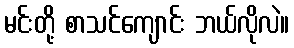
မင်းတို့ စာသင်ကျောင်း ဘယ်လိုလဲ။